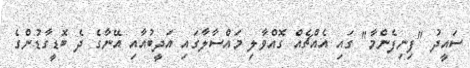
ސައީދު "ފިނިފެންމާ" ގައި އެއްޗެއް ގޮއްވާލި މައްސާލާގައި އަދީބުއާއި އޭނާގެ ދެ ބޮޑީގާޑުންގެ